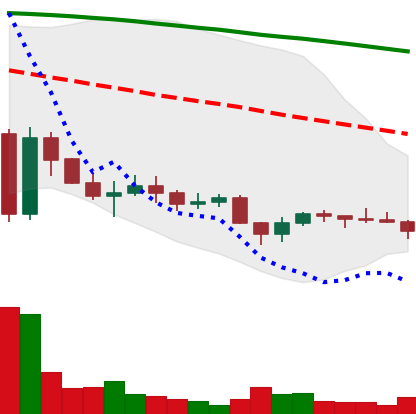
Ticker: ADA-USD
Chart end date: 2022-11-28
Forward return: 4.224%
Label: up_3_5